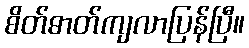
စိတ်ဓာတ်ကျလာပြန်ပြီ။